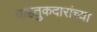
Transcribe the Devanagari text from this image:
वाहतुकदारांच्या